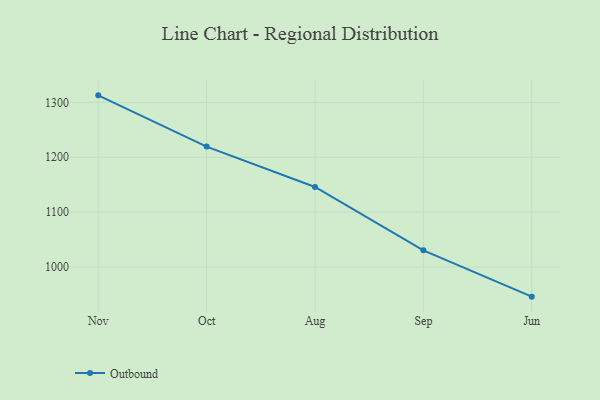
{"axis": {"x": "Month", "y": "Temperature (°C)"}, "legend": ["Outbound"], "data": [{"x": "Nov", "y": 1312.8, "type": "Outbound"}, {"x": "Oct", "y": 1219.5, "type": "Outbound"}, {"x": "Aug", "y": 1145.9, "type": "Outbound"}, {"x": "Sep", "y": 1030.4, "type": "Outbound"}, {"x": "Jun", "y": 946.1, "type": "Outbound"}]}